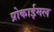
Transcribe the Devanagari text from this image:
प्रोकाईमल